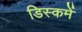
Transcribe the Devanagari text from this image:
डिस्कमें